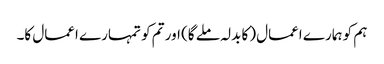
ہم کو ہمارے اعمال (کا بدلہ ملے گا) اور تم کو تمہارے اعمال کا۔